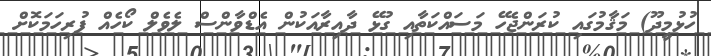
ހުޅުމީދޫ) މަޤާމުގައި ކުރަންޖެހޭ މަސައްކަތާއި ގުޅޭ ދާއިރާއަކުން އެޑްވާންސް ލެވެލް ކޯހެއް ފުރިހަމަކޮށް